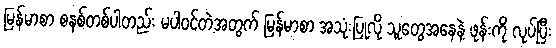
မြန်မာစာ စနစ်တစ်ပါတည်း မပါဝင်တဲ့အတွက် မြန်မာစာ အသုံးပြုလို သူတွေအနေနဲ့ ဖုန်းကို လုပ်ပြီး